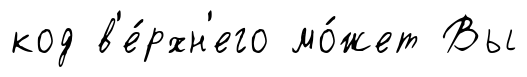
код в'е́рхн'его мо́жет Вы